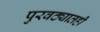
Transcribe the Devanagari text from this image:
पुरवठ्यातही